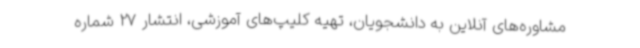
مشاوره‌های آنلاین به دانشجویان، تهیه کلیپ‌های آموزشی، انتشار 27 شماره